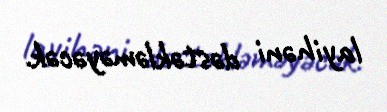
layihəni dəstəkləməyəcək.